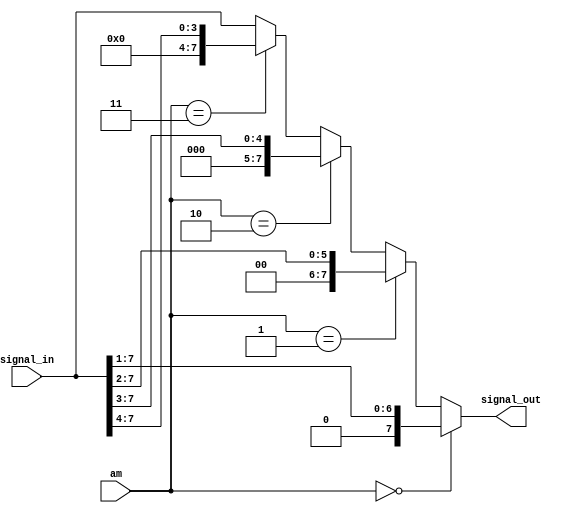
`timescale 1ps/1ps
module amplitude(input[7:0] signal_in,input[1:0]am, output[7:0] signal_out);

assign signal_out =  (am == 2'b00) ? (signal_in >>> 1) :
			(am == 2'b01) ? (signal_in >>> 2) :
			(am == 2'b10) ? (signal_in >>> 3) :
			(am == 2'b11) ? (signal_in >>> 4) : signal_in;
endmodule